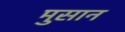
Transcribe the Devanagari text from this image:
मुसान